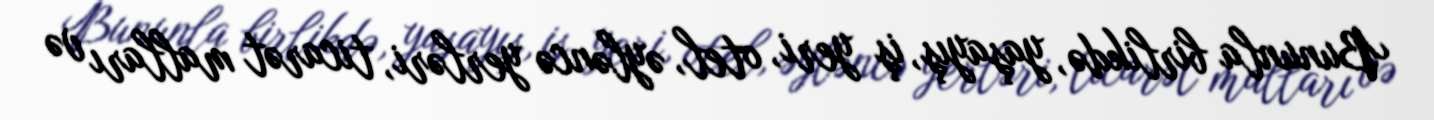
Bununla birlikdə, yaşayış, iş yeri, otel, əyləncə yerləri, ticarət malları və